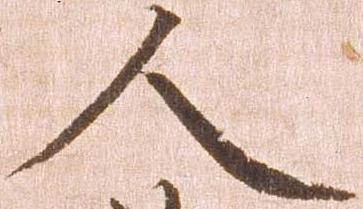
人